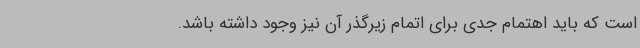
است که باید اهتمام‌ جدی برای اتمام زیرگذر آن نیز وجود داشته باشد.